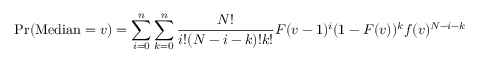
\operatorname* { P r } ( \operatorname { M e d i a n } = v ) = \sum _ { i = 0 } ^ { n } \sum _ { k = 0 } ^ { n } { \frac { N ! } { i ! ( N - i - k ) ! k ! } } F ( v - 1 ) ^ { i } ( 1 - F ( v ) ) ^ { k } f ( v ) ^ { N - i - k }